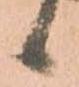
候